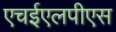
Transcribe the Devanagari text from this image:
एचईएलपीएस